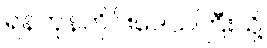
ရန်ကုန်တိုင်းဒေသကြီးသို့